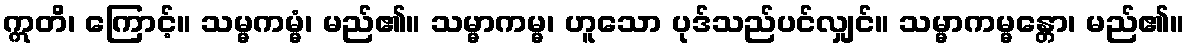
ဣတိ၊ ကြောင့်။ သမ္မကမ္မံ၊ မည်၏။ သမ္မာကမ္မ၊ ဟူသော ပုဒ်သည်ပင်လျှင်။ သမ္မာကမ္မန္တော၊ မည်၏။